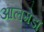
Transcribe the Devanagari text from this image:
आलमेडा